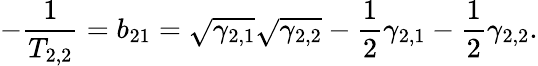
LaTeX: -\frac{1}{T_{2,2}}=b_{21}=\sqrt{\gamma_{2,1}}\sqrt{\gamma_{2,2}}-\frac{1}{2}\gamma_{2,1}-\frac{1}{2}\gamma_{2,2}.